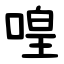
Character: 喤